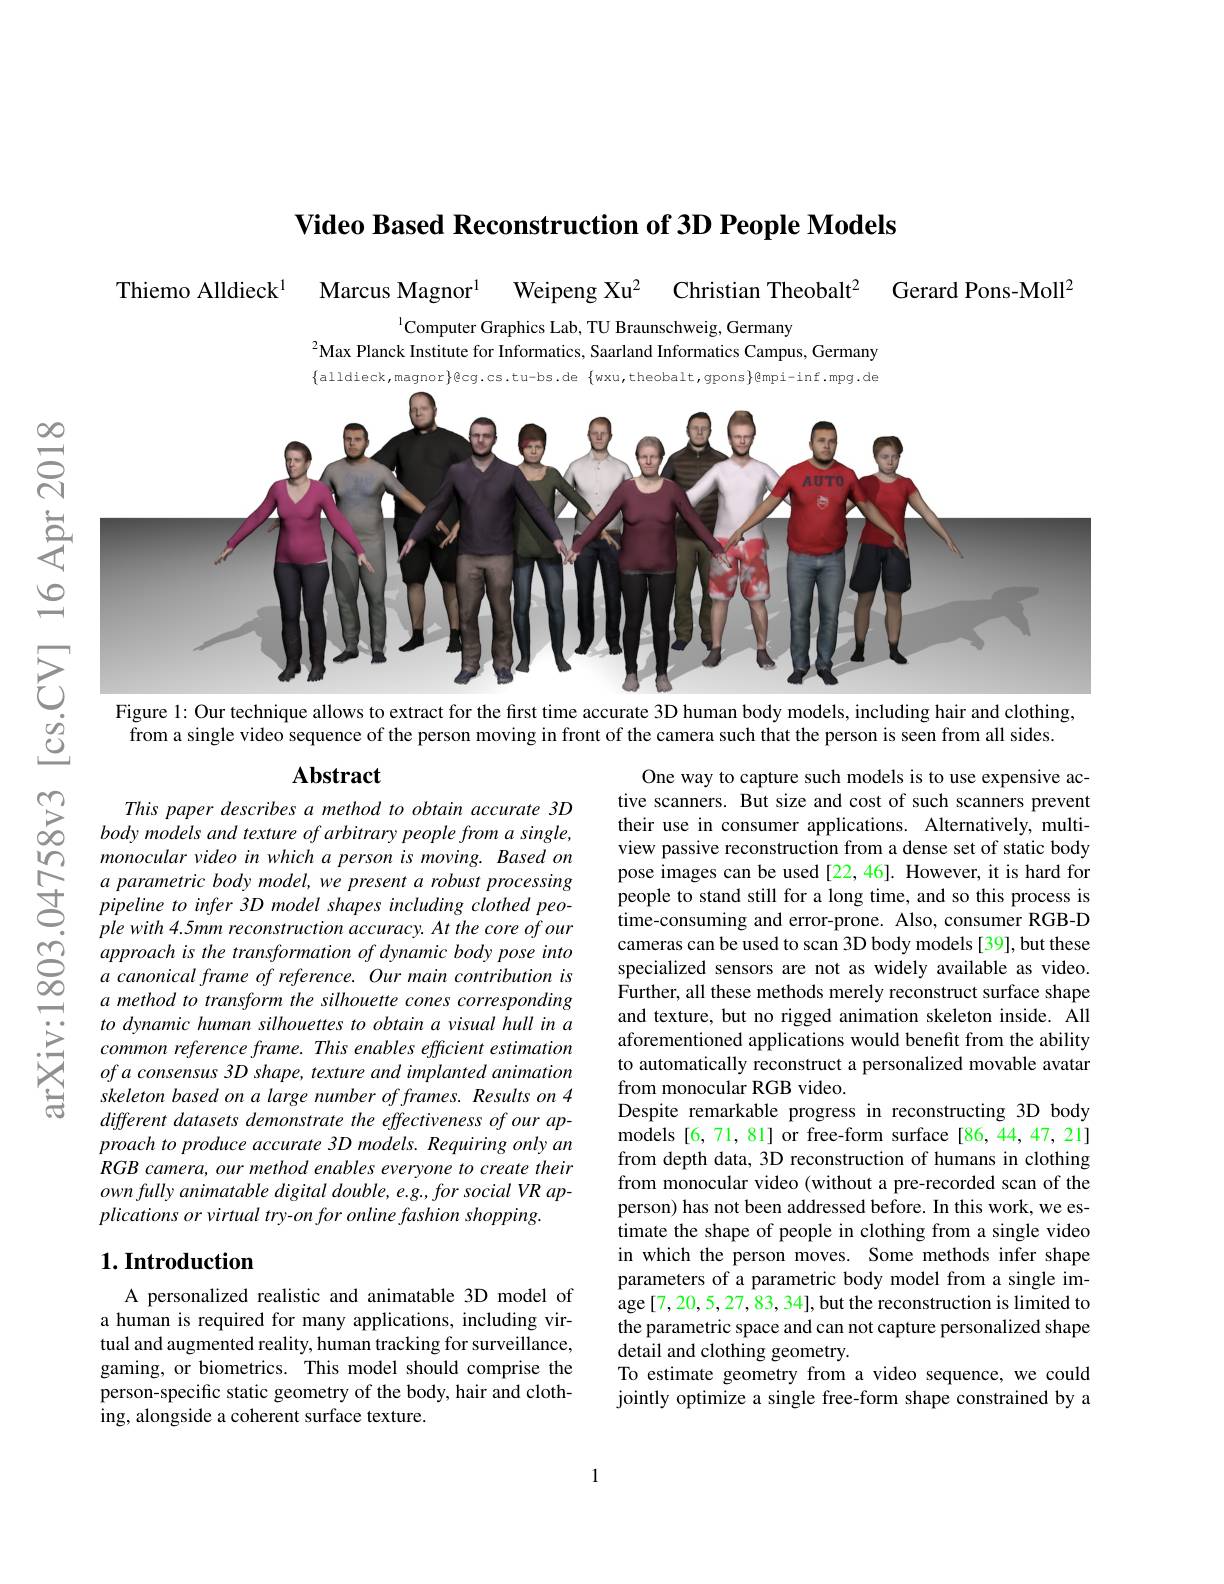
Video Based Reconstruction of 3D People Models

Gerard Pons-Moll$^{2}$

Thiemo Alldieck$^{1}$

$\mathrm{Marcus~Magnor}^{1}$

Christian Theobalt$^2$

Weipeng Xu$^{2}$

$^{1}$Computer Graphics Lab, TU Braunschweig, Germany
$^{2}$Max Planck Institute for Informatics, Saarland Informatics Campus, Germany

$\{$alldieck,magnor$\}$@cg.cs.tu-bs.de $\{$wxu,theobalt,gpons$\}$@mpi-inf.mpg.de
$స్లి$
<FigureHere>
$ഇ$ $উড়্তি$
Figure 1: Our technique allows to extract for the first time accurate 3D human body models, including hair and clothing,

from a single video sequence of the person moving in front of the camera such that the person is seen from all sides.

## Abstract $\sum_{\infty}^{\infty}Thispaperdescribesamethodtoobtainaccurate3D$

monocular video in which a person is moving. Based on a parametric body model, we present a robust processing pipeline to infer 3D model shapes including clothed people with 4.5mm reconstruction accuracy. At the core of our
$\begin{array}{ccc}\textcircled{\infty}&approachis&the&transformation&of\text{ dynamic body pose into}\\&a&canonical&frame&of&reference.&Our&main&contribution&is\end{array}$
a method to transform the silhouette cones corresponding to dynamic human silhouettes to obtain a visual hull in a common reference frame. This enables efficient estimation of a consensus 3D shape, texture and implanted animation skeleton based on a large number of frames. Results on 4 different datasets demonstrate the effectiveness of our approach to produce accurate 3D models. Requiring only an RGB camera, our method enables everyone to create their ownfullyanimatable digital double, e.g., for social VR applications or virtual try-on for online fashion shopping.

One way to capture such models is to use expensive active scanners. But size and cost of such scanners prevent their use in consumer applications. Alternatively, multiview passive reconstruction from a dense set of static body pose images can be used[22,46]. However, it is hard for people to stand still for a long time, and so this process is time-consuming and error-prone. Also, consumer RGB-D cameras can be used to scan 3D body models [39], but these specialized sensors are not as widely available as video. Further, all these methods merely reconstruct surface shape and texture, but no rigged animation skeleton inside. All aforementioned applications would benefit from the ability to automatically reconstruct a personalized movable avatar from monocular RGB video.
Despite remarkable progress in reconstructing 3D body models [6,71,81] or free-form surface [86,44,47,21] from depth data, 3D reconstruction of humans in clothing from monocular video (without a pre-recorded scan of the person) has not been addressed before. In this work, we estimate the shape of people in clothing from a single video in which the person moves. Some methods infer shape parameters of a parametric body model from a single image [7, 20, 5, 27, 83, 34], but the reconstruction is limited to the parametric space and can not capture personalized shape detail and clothing geometry.
To estimate geometry from a video sequence, we could jointly optimize a single free-form shape constrained by a

## $1. \textbf{Introduction}$

A personalized realistic and animatable 3D model of a human is required for many applications, including virtual and augmented reality, human tracking for surveillance, gaming, or biometrics. This model should comprise the person-specific static geometry of the body, hair and clothing, alongside a coherent surface texture.

1